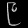
Digit: ၉